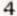
4